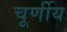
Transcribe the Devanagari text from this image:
चूर्णीय